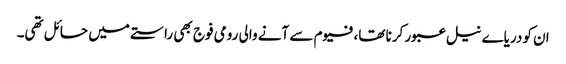
ان کو دریاے نیل عبور کرنا تھا،فیوم سے آنے والی رومی فوج بھی راستے میں حائل تھی۔